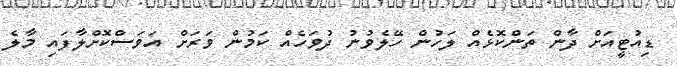
ޑިއުޓީއަށް ދާން ތަންކޮޅެއް ލަހުން ހޭލެވުނު ދުވަހެއް ކަމުން ވަރަށް އަވަސްކޮށްލާފައި މާލެ